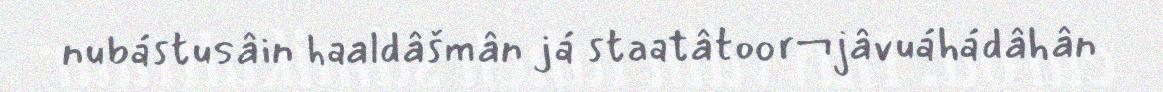
nubástusâin haaldâšmân já staatâtoor¬jâvuáhádâhân